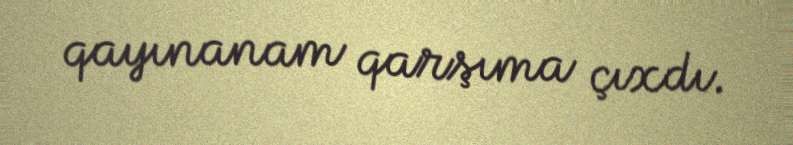
qayınanam qarşıma çıxdı.